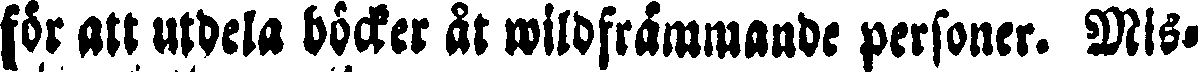
för att utdela böcker ät wildfråmmande personer. Mis-